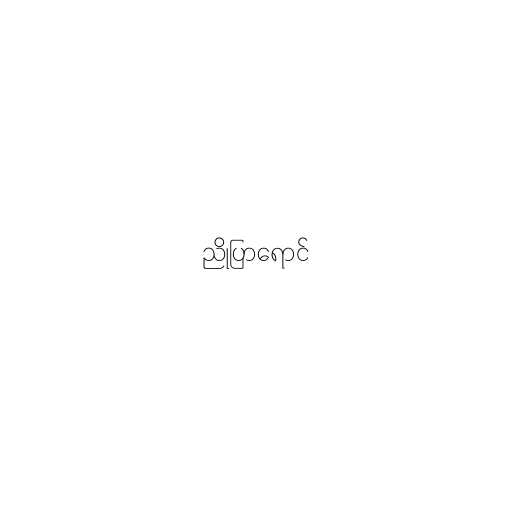
ညိုပြာရောင်